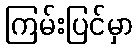
ကြမ်းပြင်မှာ